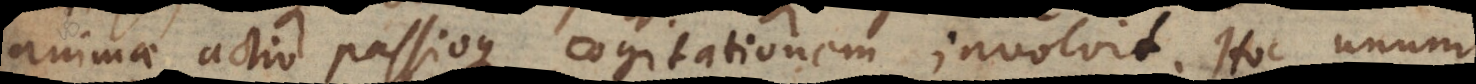
animae actio passioque cogitationem involvit. Hoc unum